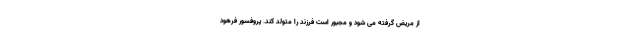
از مریض گرفته می شود و مجبور است فرزند را متولد کند. پروفسور فرهود